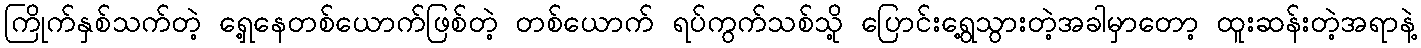
ကြိုက်နှစ်သက်တဲ့ ရှေ့နေတစ်ယောက်ဖြစ်တဲ့ တစ်ယောက် ရပ်ကွက်သစ်သို့ ပြောင်းရွေ့သွားတဲ့အခါမှာတော့ ထူးဆန်းတဲ့အရာနဲ့